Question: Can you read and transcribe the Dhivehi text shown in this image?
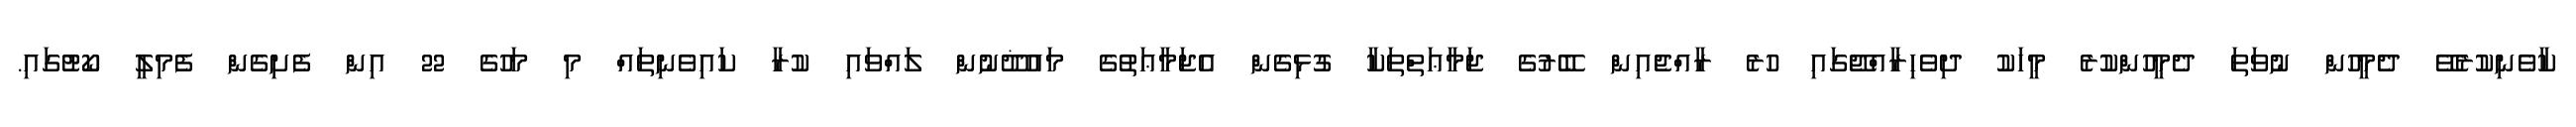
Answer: ކާވެނިކުރެވޭ ދެމީހުން ނުވަތަ ދެމީހުންކުރެ މީހަކު ދިވެހިރާއްޖޭގައި ހުރެ ރާއްޖެއިން ބޭރުގެ ޖަމާޢަތްތަކާ ގުޅިގެން އެޖަމާޢަތުގެ މައުޛޫނުން ލައްވައި ކުރާ ކައިވެނިތައް މި މަހުގެ 22 އިން ފެށިގެން ފެމިލީ ކޯޓުގައި.